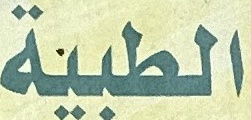
الطبیة